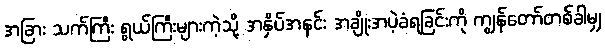
အခြား သက်ကြီး ရွယ်ကြီးများကဲ့သို့ အနှိပ်အနင်း အချိုးအပဲ့ခံရခြင်းကို ကျွန်တော်တစ်ခါမျှ